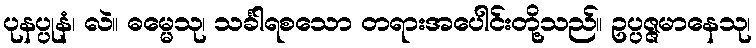
ပုနပ္ပုနံ၊ လဲ။ ဓမ္မေသု၊ သင်္ခါရစသော တရားအပေါင်းတို့သည်။ ဥပ္ပဇ္ဇမာနေသု၊